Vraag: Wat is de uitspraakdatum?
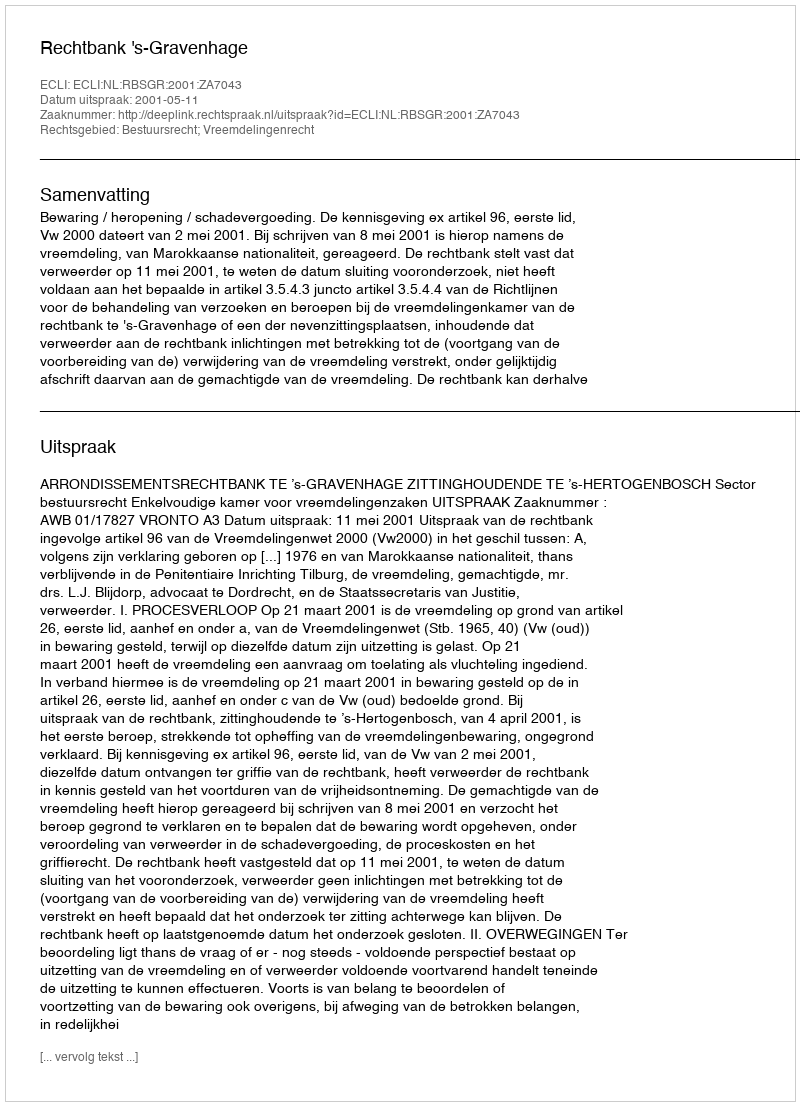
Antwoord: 2001-05-11